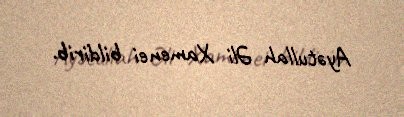
Ayətullah Əli Xamenei bildirib.